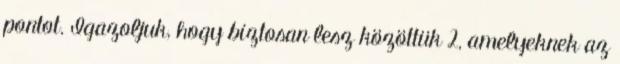
pontot. Igazoljuk, hogy biztosan lesz közöttük 2, amelyeknek az